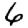
Digit: 6